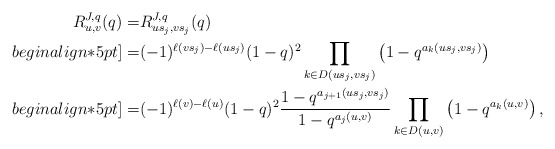
\begin{align*}R_{u,v}^{J,q}(q)=&R_{us_j,vs_j}^{J,q}(q)\\begin{align*}5pt]=&(-1)^{\ell(vs_j)-\ell(us_j)} (1-q)^2 \prod_{k\in D(us_j,vs_j)}\left(1-q^{a_k(us_j,vs_j)}\right)\\begin{align*}5pt]=&(-1)^{\ell(v)-\ell(u)} (1-q)^2\frac{1-q^{a_{j+1}(us_j,vs_j)}}{1-q^{a_{j}(u,v)}}\prod_{k\in D(u,v)}\left(1-q^{a_k(u,v)}\right),\end{align*}